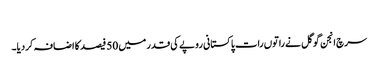
‎
سرچ انجن گوگل نے راتوں رات پاکستانی روپے کی قدر میں 50 فیصد کا اضافہ کردیا۔